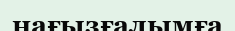
нағызғалымға